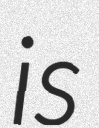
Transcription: is